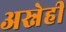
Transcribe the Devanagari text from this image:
अस्नेही